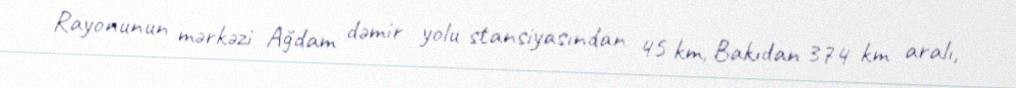
Rayonunun mərkəzi Ağdam dəmir yolu stansiyasından 45 km, Bakıdan 374 km aralı,